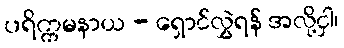
ပရိက္ကမနာယ - ရှောင်လွှဲရန် အလို့ငှါ၊